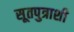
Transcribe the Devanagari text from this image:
सूतपुत्राशी